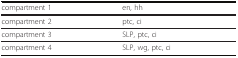
<table><thead><tr><td><b>compartment 1</b></td><td><b>en, hh</b></td></tr></thead><tbody><tr><td>compartment 2</td><td>ptc, ci</td></tr><tr><td>compartment 3</td><td>SLP, ptc, ci</td></tr><tr><td>compartment 4</td><td>SLP, wg, ptc, ci</td></tr></tbody></table>